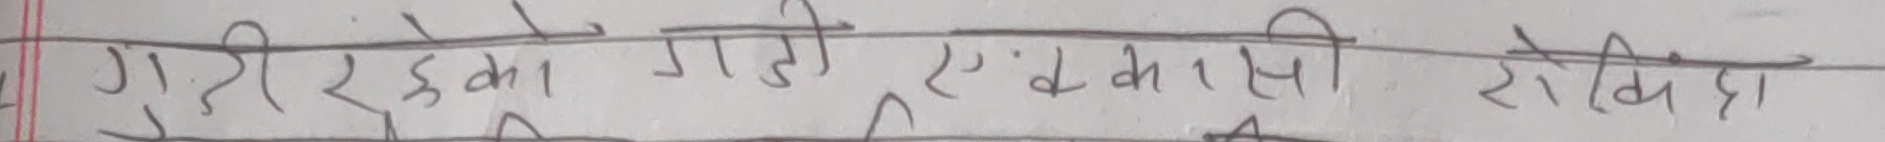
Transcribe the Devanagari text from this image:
गुरी रहेको गति एकाईमा देखिंदा